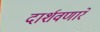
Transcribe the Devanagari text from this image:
दार्शवणारे